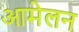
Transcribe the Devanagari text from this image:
आमेलन